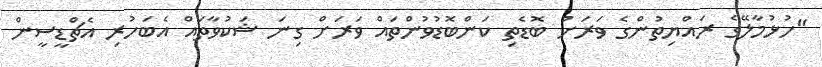
"ހުޅުމާލޭގެ ރައްޔިތުންގެ ވަރަށް ބޮޑެތި ކަންބޮޑުވުންތައް ވަރަށް ގިނަ ޝަކުވާތައް އެބަހުރި އެޗްޑީސީން